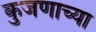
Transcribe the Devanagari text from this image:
कुजणाच्या